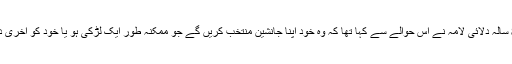
نوبیل انعام یافتہ 84 سالہ دلائی لامہ نے اس حوالے سے کہا تھا کہ وہ خود اپنا جانشین منتخب کریں گے جو ممکنہ طور ایک لڑکی ہو یا خود کو آخری دلائی لامہ قرار دیں۔